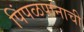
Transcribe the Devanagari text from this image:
पिंपळपानाची